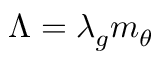
\begin{array} { r } { \Lambda = \lambda _ { g } m _ { \theta } } \end{array}